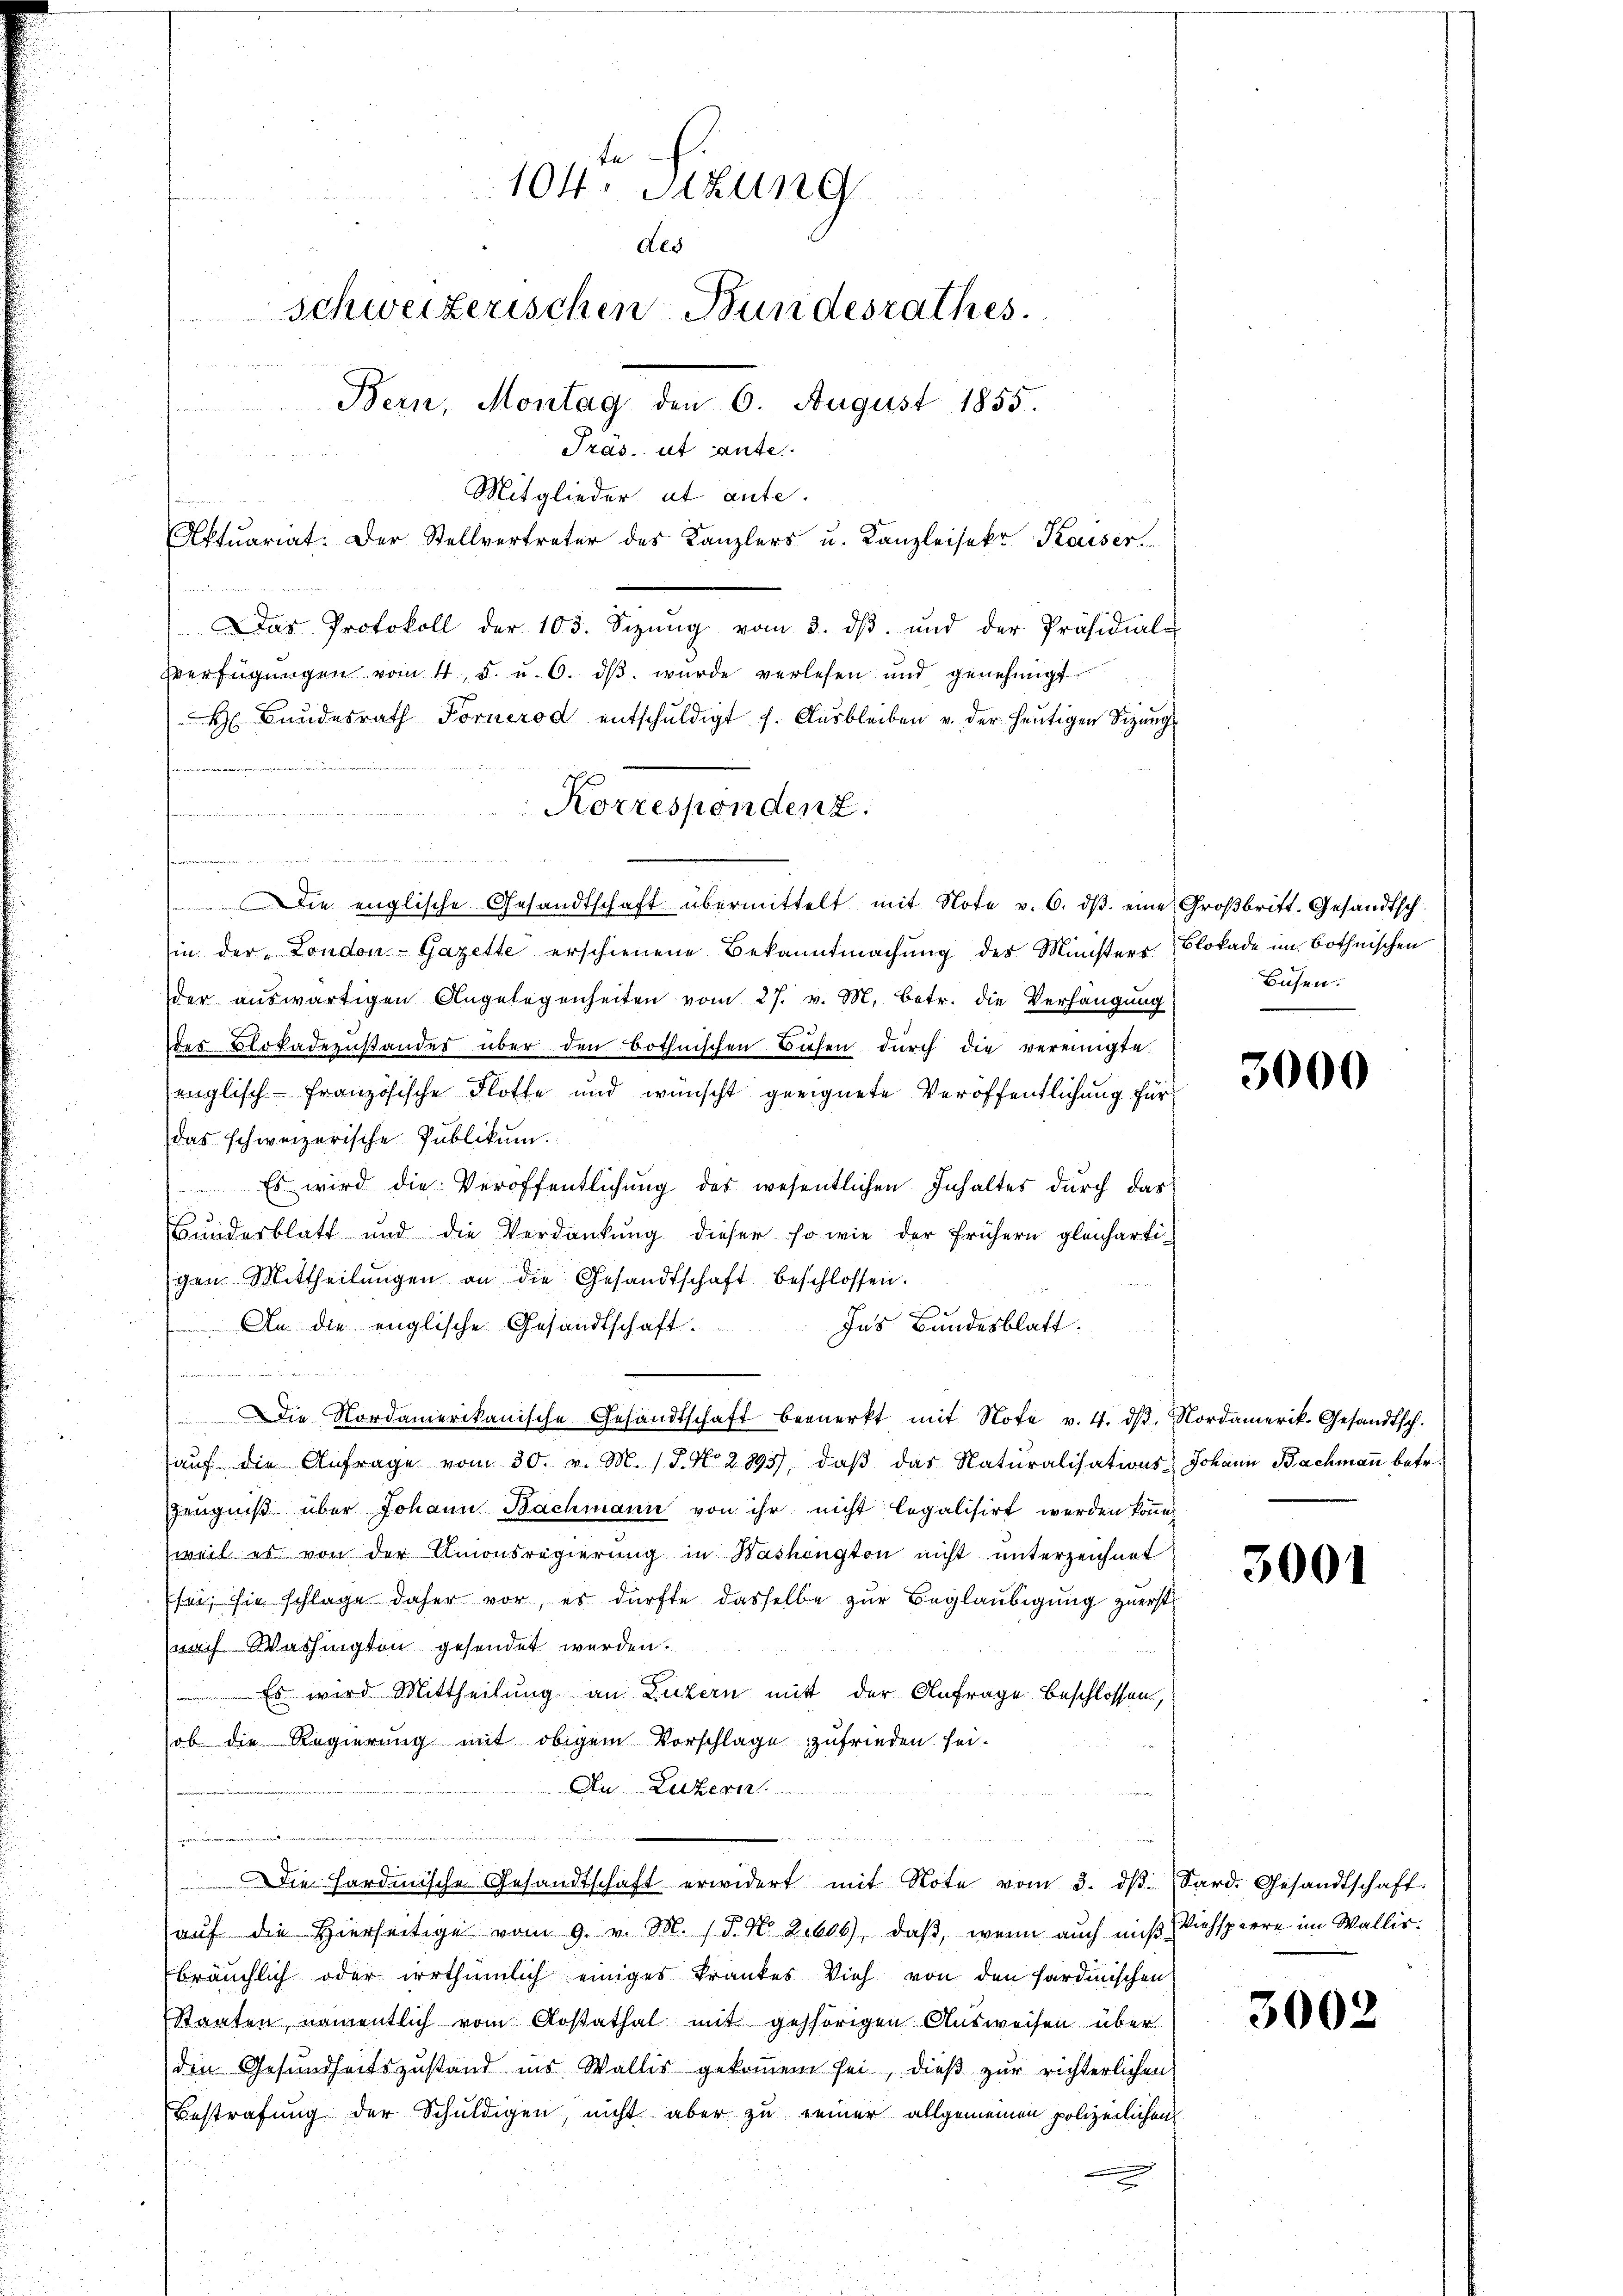
sin der London-Gazette erschienene Bekanntmachung der Ministers Blokade im Bothnischen
der aŭswärtigen Angelegenheiten vom 27. v. M. betr. die Verhängung
des Blokadezustandes über den bothnischen Busen dŭrch die vereinigte.
englisch-Französische Flotte und wünscht geeignete Veröffentlichung für
das schweizerische Publikum.
 Es wird die Veröffentlichung des wesentlichen Inhaltes durch das
Bŭndesblatt und die Verdankŭng dieser so wie der frühern gleicharti-
gen Mittheilŭngen an die Gesandtschaft beschlossen.
Ins Bundesblatt.
 An die englische Gesandtschaft.
.
Die Nordamerikanische Gesandtschaft bemerkt mit Note v. 4. dβ. Nordamerik. Gesandtsch.
aŭf die Anfrage vom 30. v. M. J. No. 2895), daβ das Naturalisations Johann Bachmann betr.
Zeugniß über Johann Bachmann von ihr nicht legalisirt werden könne
weil es von der Amonsregierung in Washington nicht unterzeichnet
Esei, sie schlage daher vor, es dürfte dasselbe zur Beglaubigung zuerst
nach Washington gesendet werden.
Es wird Mittheilung an Luzern mit der Anfrage beschlossen,
ob die Regierung mit obigem Vorschlage zufrieden sei.
An Luzern.
er über die zu
f. Einmannamen
Die Hardmische Gesandtschaft erwidert mit Note vom 3. dβ. Sard. Gesandtschaft.
aŭf die hierseitige vom 9. v. M. 18. No. 21606), daβ wenn auch mit Viehsperre im Wallis.
bräuchlich oder irrthümlich einiges Frankes Vieh von den sardinischen
Staaten, namentlich vom Rostathal mit gehörigen Ausweisen über
den Gesundheitszustand ins Wallis gekommene sei, dieß zur richterlichen
Bestrafung der Schuldigen, nicht aber zu seiner allgemeinen polizeilichen

e

104. Sitzung
des
schweizerischen Bundesrathes.
Bern, Montag den 6. August 1855.
Tras ut aufe
Mitglieder et ante.
Aktuariat. Der Stellvertreter des Kanzlers u. Kanzleisekr Kaiser.
Das Protokoll der 103. Sizŭng vom 3. dβ ŭnd der Präsidial-
Verfügŭngen vom 4. 5. u. 6. dβ wŭrde verlesen und genehmigt.
H Bundesrath Fornerod entschuldigt s. Ausbleiben v. der heutigen Sizung

Korrespondenz.

Die englische Gesandtschaft übermittelt mit Note v. 6. dβ eine Großbritt. Gesandtsch

Busen.

3000

3001

3002